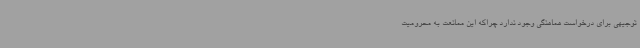
توجیهی برای درخواست هماهنگی وجود ندارد چراکه این ممانعت به محرومیت